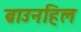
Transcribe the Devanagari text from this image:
ब्राउनहिल